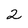
Character: 2